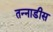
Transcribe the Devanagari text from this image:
तन्नाडीस